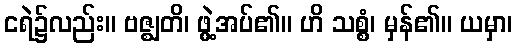
ငရဲ၌လည်း။ ဗဇ္ဈတိ၊ ဖွဲ့အပ်၏။ ဟိ သစ္စံ၊ မှန်၏။ ယမှာ၊